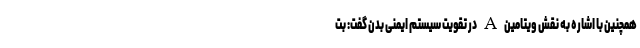
همچنین با اشاره به نقش ویتامین A در تقویت سیستم ایمنی بدن گفت: بت